Production of alkali in liquid media by the Bacillus pestis - Number 33
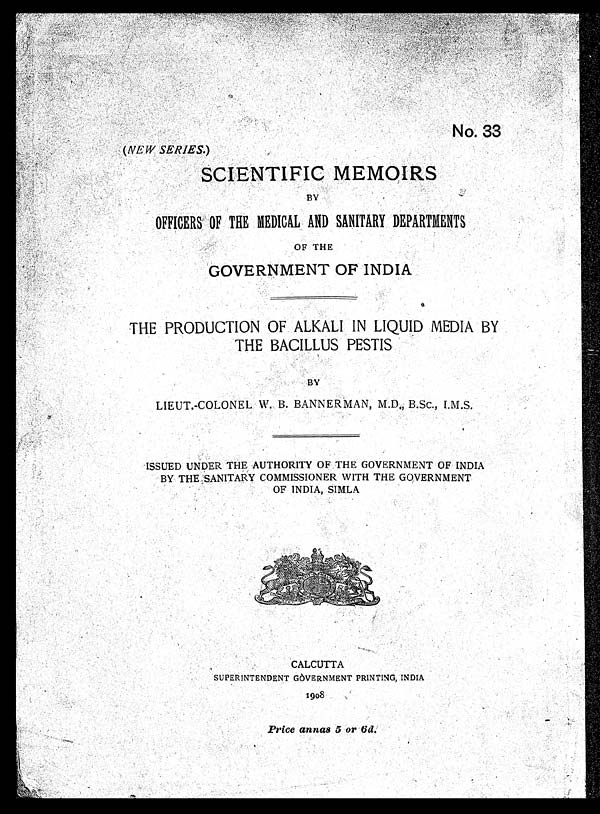
No. 33
(NEW SERIES.)
SCIENTiFIC MEMOIRS
BY
OFFICERS OF THE MEDICAL AND SANITARY DEPARTMENTS
OF THE
GOVERNMENT OF INDIA
THE PRODUCTION OF ALKALI IN LIQUID MEDIA BY
THE BACILLUS PESTIS
BY
LIEUT.-COLONEL W. B. BANNER MAN, M.D., B.Sc., I.M.S.
ISSUED UNDER THE .AUTHORITY OF THE GOVERNMENT OF INDIA
BY THE SANITARY COMMISSIONER WITH THE GOVERNMENT
OF INDIA, SIMLA
CALCUTTA
SUPERINTENDENT GOVERNMENT PRINTING, INDIA
1908
Price annas 5 or 6d.